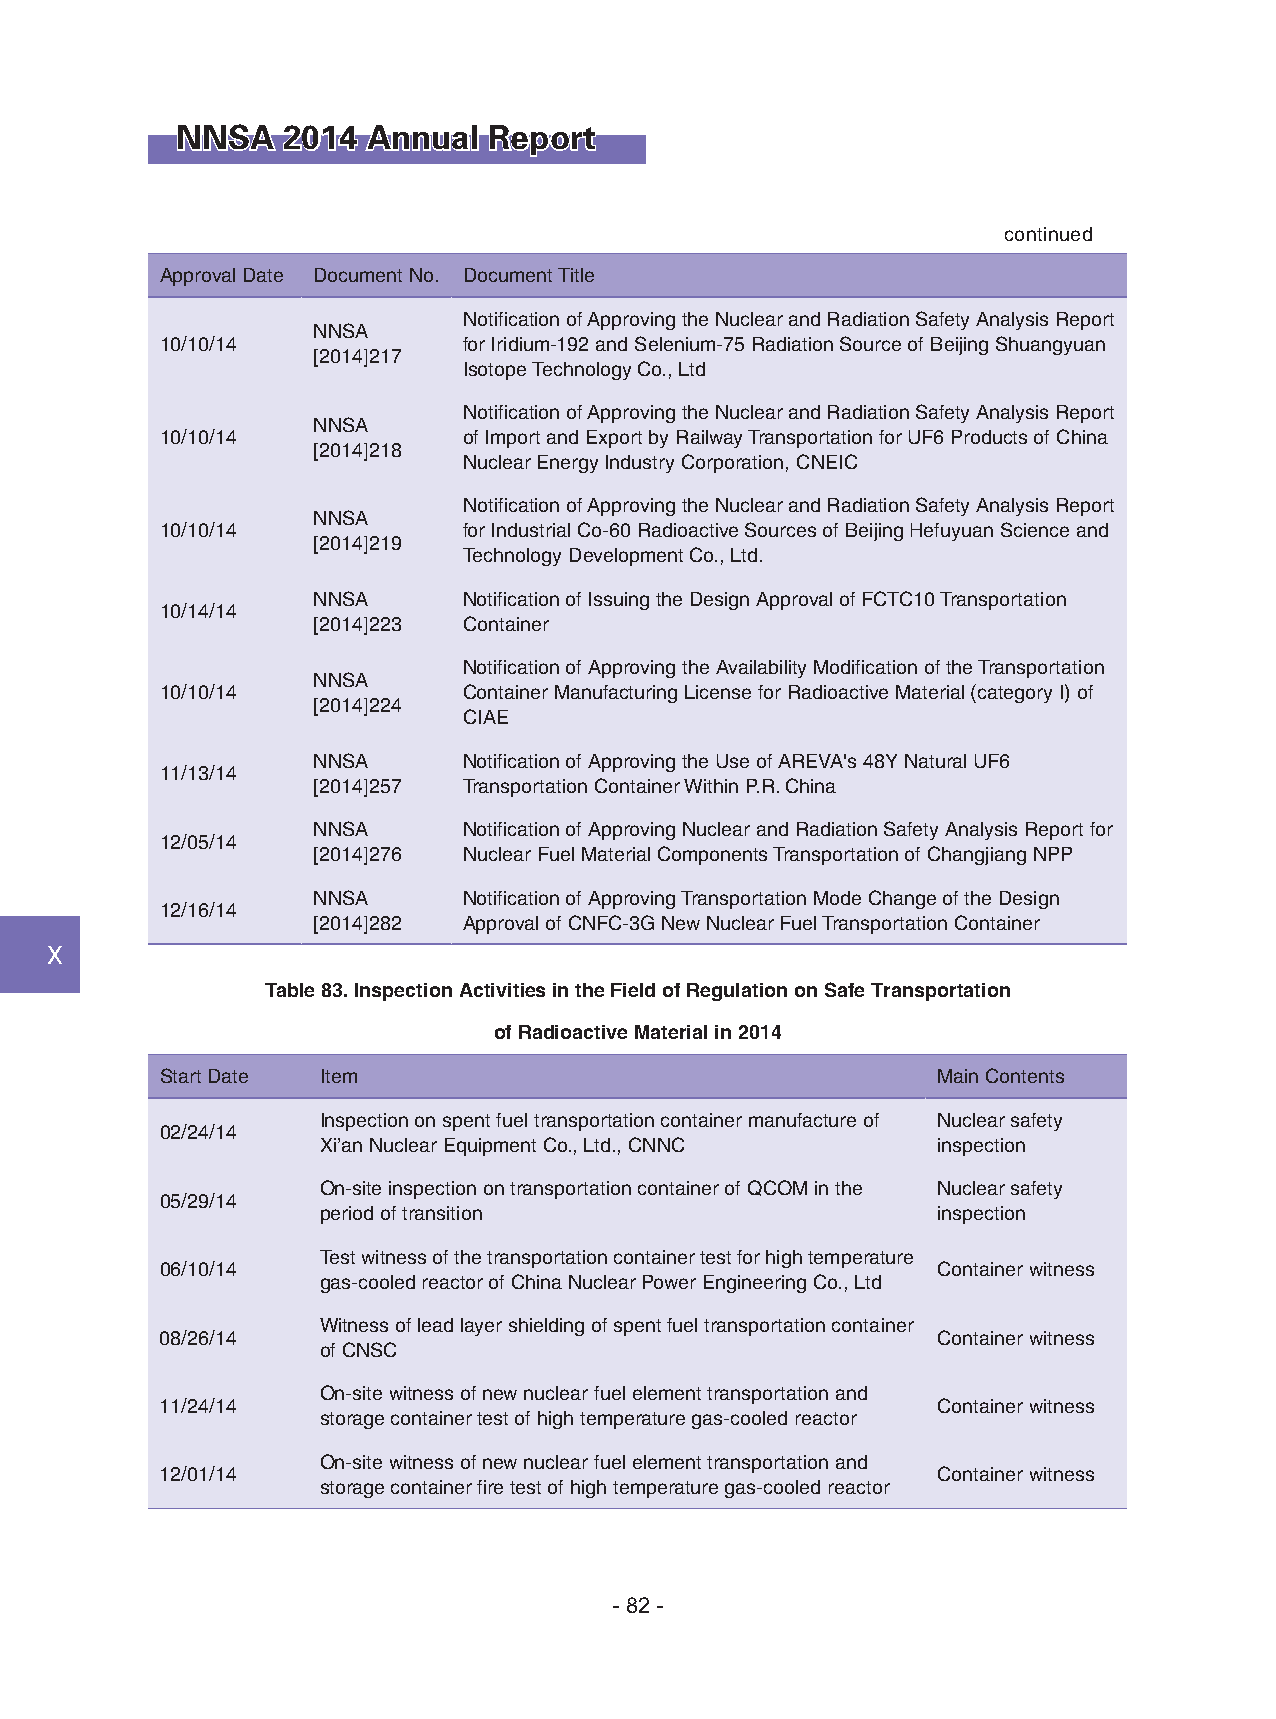
NNSA   2014 Annual  Report
 continued
 Approval Date Document No. Document Title
 Notification of Approving the Nuclear and Radiation Safety Analysis Report
 NNSA
 10/10/14            for Iridium-192 and Selenium-75 Radiation Source of Beijing Shuangyuan
 [2014]217
 Isotope Technology Co., Ltd
 Notification of Approving the Nuclear and Radiation Safety Analysis Report
 NNSA
 10/10/14            of Import and Export by Railway Transportation for UF6 Products of China
 [2014]218
 Nuclear Energy Industry Corporation, CNEIC
 Notification of Approving the Nuclear and Radiation Safety Analysis Report
 NNSA
 10/10/14            for Industrial Co-60 Radioactive Sources of Beijing Hefuyuan Science and
 [2014]219
 Technology Development Co., Ltd.
 NNSA      Notification of Issuing the Design Approval of FCTC10 Transportation
 10/14/14
 [2014]223 Container
 Notification of Approving the Availability Modification of the Transportation
 NNSA
 10/10/14            Container Manufacturing License for Radioactive Material (category I) of
 [2014]224
 CIAE
 NNSA      Notification of Approving the Use of AREVA's 48Y Natural UF6
 11/13/14
 [2014]257 Transportation Container Within P.R. China
 NNSA      Notification of Approving Nuclear and Radiation Safety Analysis Report for
 12/05/14
 [2014]276 Nuclear Fuel Material Components Transportation of Changjiang NPP
 NNSA      Notification of Approving Transportation Mode Change of the Design
 12/16/14
 [2014]282 Approval of CNFC-3G New Nuclear Fuel Transportation Container
 Ⅹ
 Table 83. Inspection Activities in the Field of Regulation on Safe Transportation
 of Radioactive Material in 2014
 Start Date Item                                    Main Contents
 Inspection on spent fuel transportation container manufacture of Nuclear safety
 02/24/14
 Xi’an Nuclear Equipment Co., Ltd., CNNC  inspection
 On-site inspection on transportation container of QCOM in the Nuclear safety
 05/29/14
 period of transition                     inspection
 Test witness of the transportation container test for high temperature
 06/10/14                                           Container witness
 gas-cooled reactor of China Nuclear Power Engineering Co., Ltd
 Witness of lead layer shielding of spent fuel transportation container
 08/26/14                                           Container witness
 of CNSC
 On-site witness of new nuclear fuel element transportation and
 11/24/14                                           Container witness
 storage container test of high temperature gas-cooled reactor
 On-site witness of new nuclear fuel element transportation and
 12/01/14                                           Container witness
 storage container fire test of high temperature gas-cooled reactor
 - 82 -